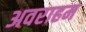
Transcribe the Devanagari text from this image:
अवराहम